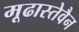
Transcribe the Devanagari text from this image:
मूढास्तेवैन